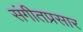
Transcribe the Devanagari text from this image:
संगीतप्रसार